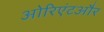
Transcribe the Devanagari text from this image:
ओरिएंटऔर